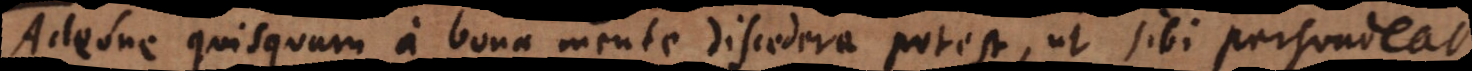
Adeone quisquam a bona mente discedere potest, ut sibi persuadeat